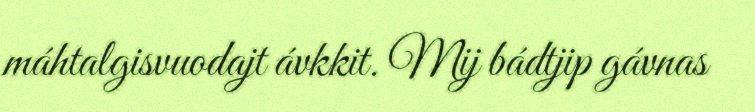
máhtalgisvuodajt ávkkit. Mij bádtjip gávnas